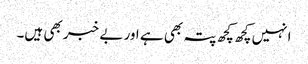
انہیں کچھ کچھ پتہ بھی ہے اور بے خبر بھی ہیں۔